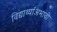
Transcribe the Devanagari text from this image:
विद्यार्थ्यांअभावी